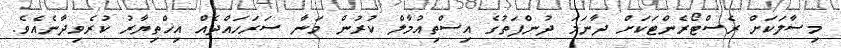
މިސާލަކަށް ރެސްޓޯރެންޓަކަށް ދާނަމަ ދުންފަތުގެ އިސްތިއުމާލް ކުރުން މަނާ ސަރަހައްދެއް އިޚްތިޔާރު ކުރެވިދާނެއެވެ.